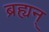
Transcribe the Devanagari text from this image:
ब्रह्यन्‌